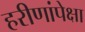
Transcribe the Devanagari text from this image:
हरीणांपेक्षा